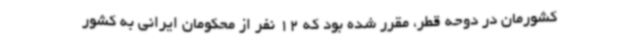
کشورمان در دوحه قطر، مقرر شده بود که 12 نفر از محکومان ایرانی به کشور